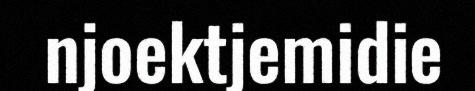
njoektjemidie